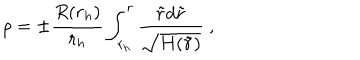
LaTeX: \rho = \pm \frac { R ( r _ { h } ) } { r _ { h } } \int _ { r _ { h } } ^ { r } \frac { \tilde { r } d \tilde { r } } { \sqrt { H ( \tilde { r } ) } } \ ,